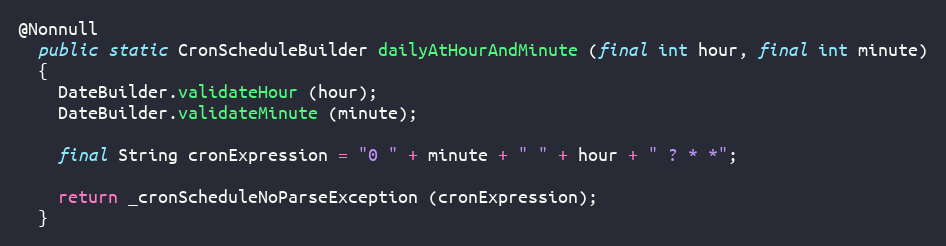
Language: Java
@Nonnull
  public static CronScheduleBuilder dailyAtHourAndMinute (final int hour, final int minute)
  {
    DateBuilder.validateHour (hour);
    DateBuilder.validateMinute (minute);

    final String cronExpression = "0 " + minute + " " + hour + " ? * *";

    return _cronScheduleNoParseException (cronExpression);
  }